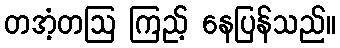
တအံ့တဩ ကြည့် နေပြန်သည်။